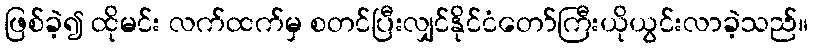
ဖြစ်ခဲ့၍ ထိုမင်း လက်ထက်မှ စတင်ပြီးလျှင်နိုင်ငံတော်ကြီးယိုယွင်းလာခဲ့သည်။